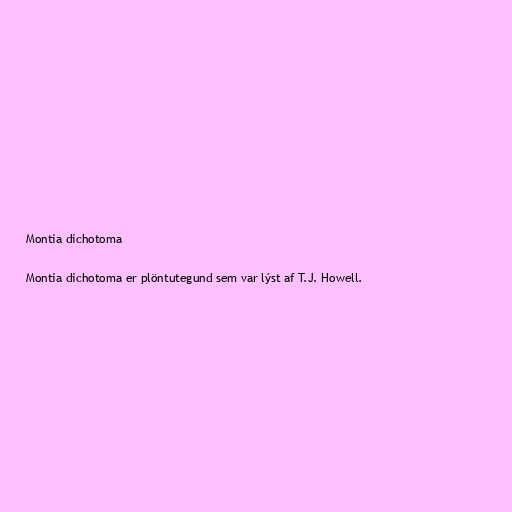
Montia dichotoma

Montia dichotoma er plöntutegund sem var lýst af T.J. Howell.